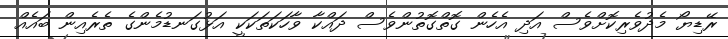
ރޭޑިޔޯ މެދުވެރިކޮށްވެސް އަދި އެހެން ގޮތްގޮތުންވެސް ދައްކާ ވާހަކަތަކަކީ އަޅުގަނޑުމެންގެ ތެރެއިން ބައެއް